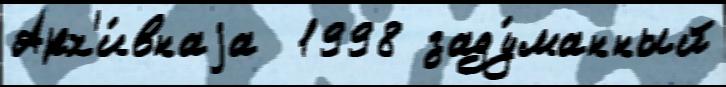
Арх'и́внаjа  1998 заду́манный